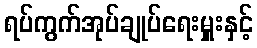
ရပ်ကွက်အုပ်ချုပ်ရေးမှူးနှင့်